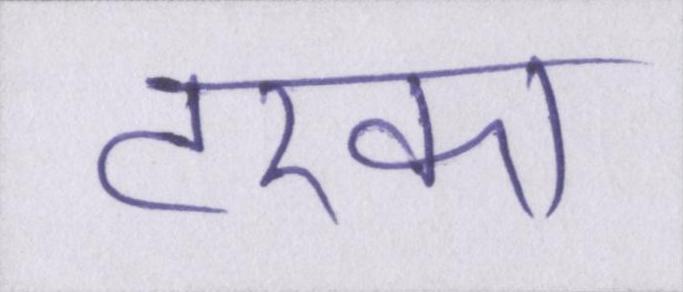
टरका